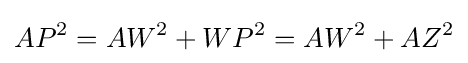
AP^{2}=AW^{2}+WP^{2}=AW^{2}+AZ^{2}